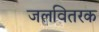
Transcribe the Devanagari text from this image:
जलवितरक